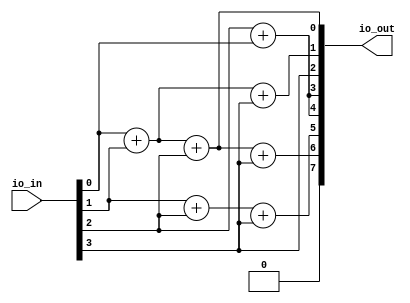
/*
      -- 1 --
     |       |
     6       2
     |       |
      -- 7 --
     |       |
     5       3
     |       |
      -- 4 --
      
      -- A --
     |       |
     B       C
     |       |
      --  D --
     |       |
     G       M
     |       |
      -- F --      
*/

module zoechip #( parameter MAX_COUNT = 1000 ) (
  input [7:0] io_in,
  output [7:0] io_out
);

wire A,B,C,D,F,G,M;
assign io_out = { 1'b0, D,B,G,F,M,C,A };

wire Z = io_in[0];
wire O = io_in[1];
wire E = io_in[2];
wire f = io_in[3];

assign A = Z+O+E;
assign B =O+E+f;
assign C =Z+O+f;
assign D =Z+O+E+f; 
assign F = E+Z;
assign G =E+Z;
assign M = f;
      
endmodule